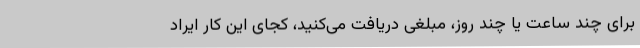
برای چند ساعت یا چند روز، مبلغی دریافت می‌کنید، کجای این کار ایراد